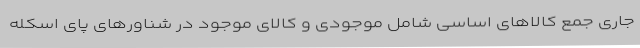
جاری جمع کالاهای اساسی شامل موجودی و کالای موجود در شناورهای پای اسکله